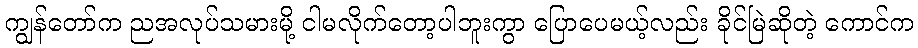
ကျွန်တော်က ညအလုပ်သမားမို့ ငါမလိုက်တော့ပါဘူးကွာ ပြောပေမယ့်လည်း ခိုင်မြဲဆိုတဲ့ ကောင်က